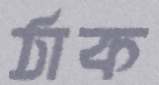
ঠাক